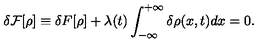
\delta { \cal F } [ \rho ] \equiv \delta { F } [ \rho ] + \lambda ( t ) \int _ { - \infty } ^ { + \infty } \delta \rho ( x , t ) d x = 0 .